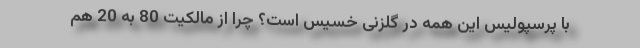
با پرسپولیس این همه در گلزنی خسیس است؟ چرا از مالکیت 80 به 20 هم